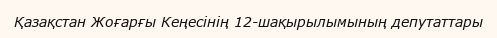
Қазақстан Жоғарғы Кеңесінің 12-шақырылымының депутаттары